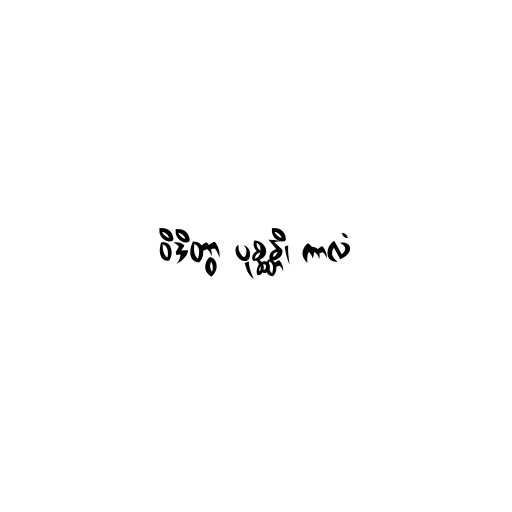
ဝိဒိတွာ ပုစ္ဆန္တိ၊ ကာလံ